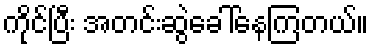
ကိုင်ပြီး အတင်းဆွဲခေါ်နေကြတယ်။